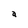
Character: a